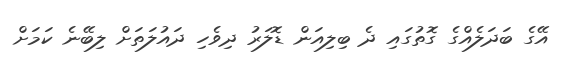
އޭގެ ބަދަލެއްގެ ގޮތުގައި ދެ ބިލިއަން ޑޮލަރު ދިވެހި ދައުލަތަށް ލިބޭނެ ކަމަށް